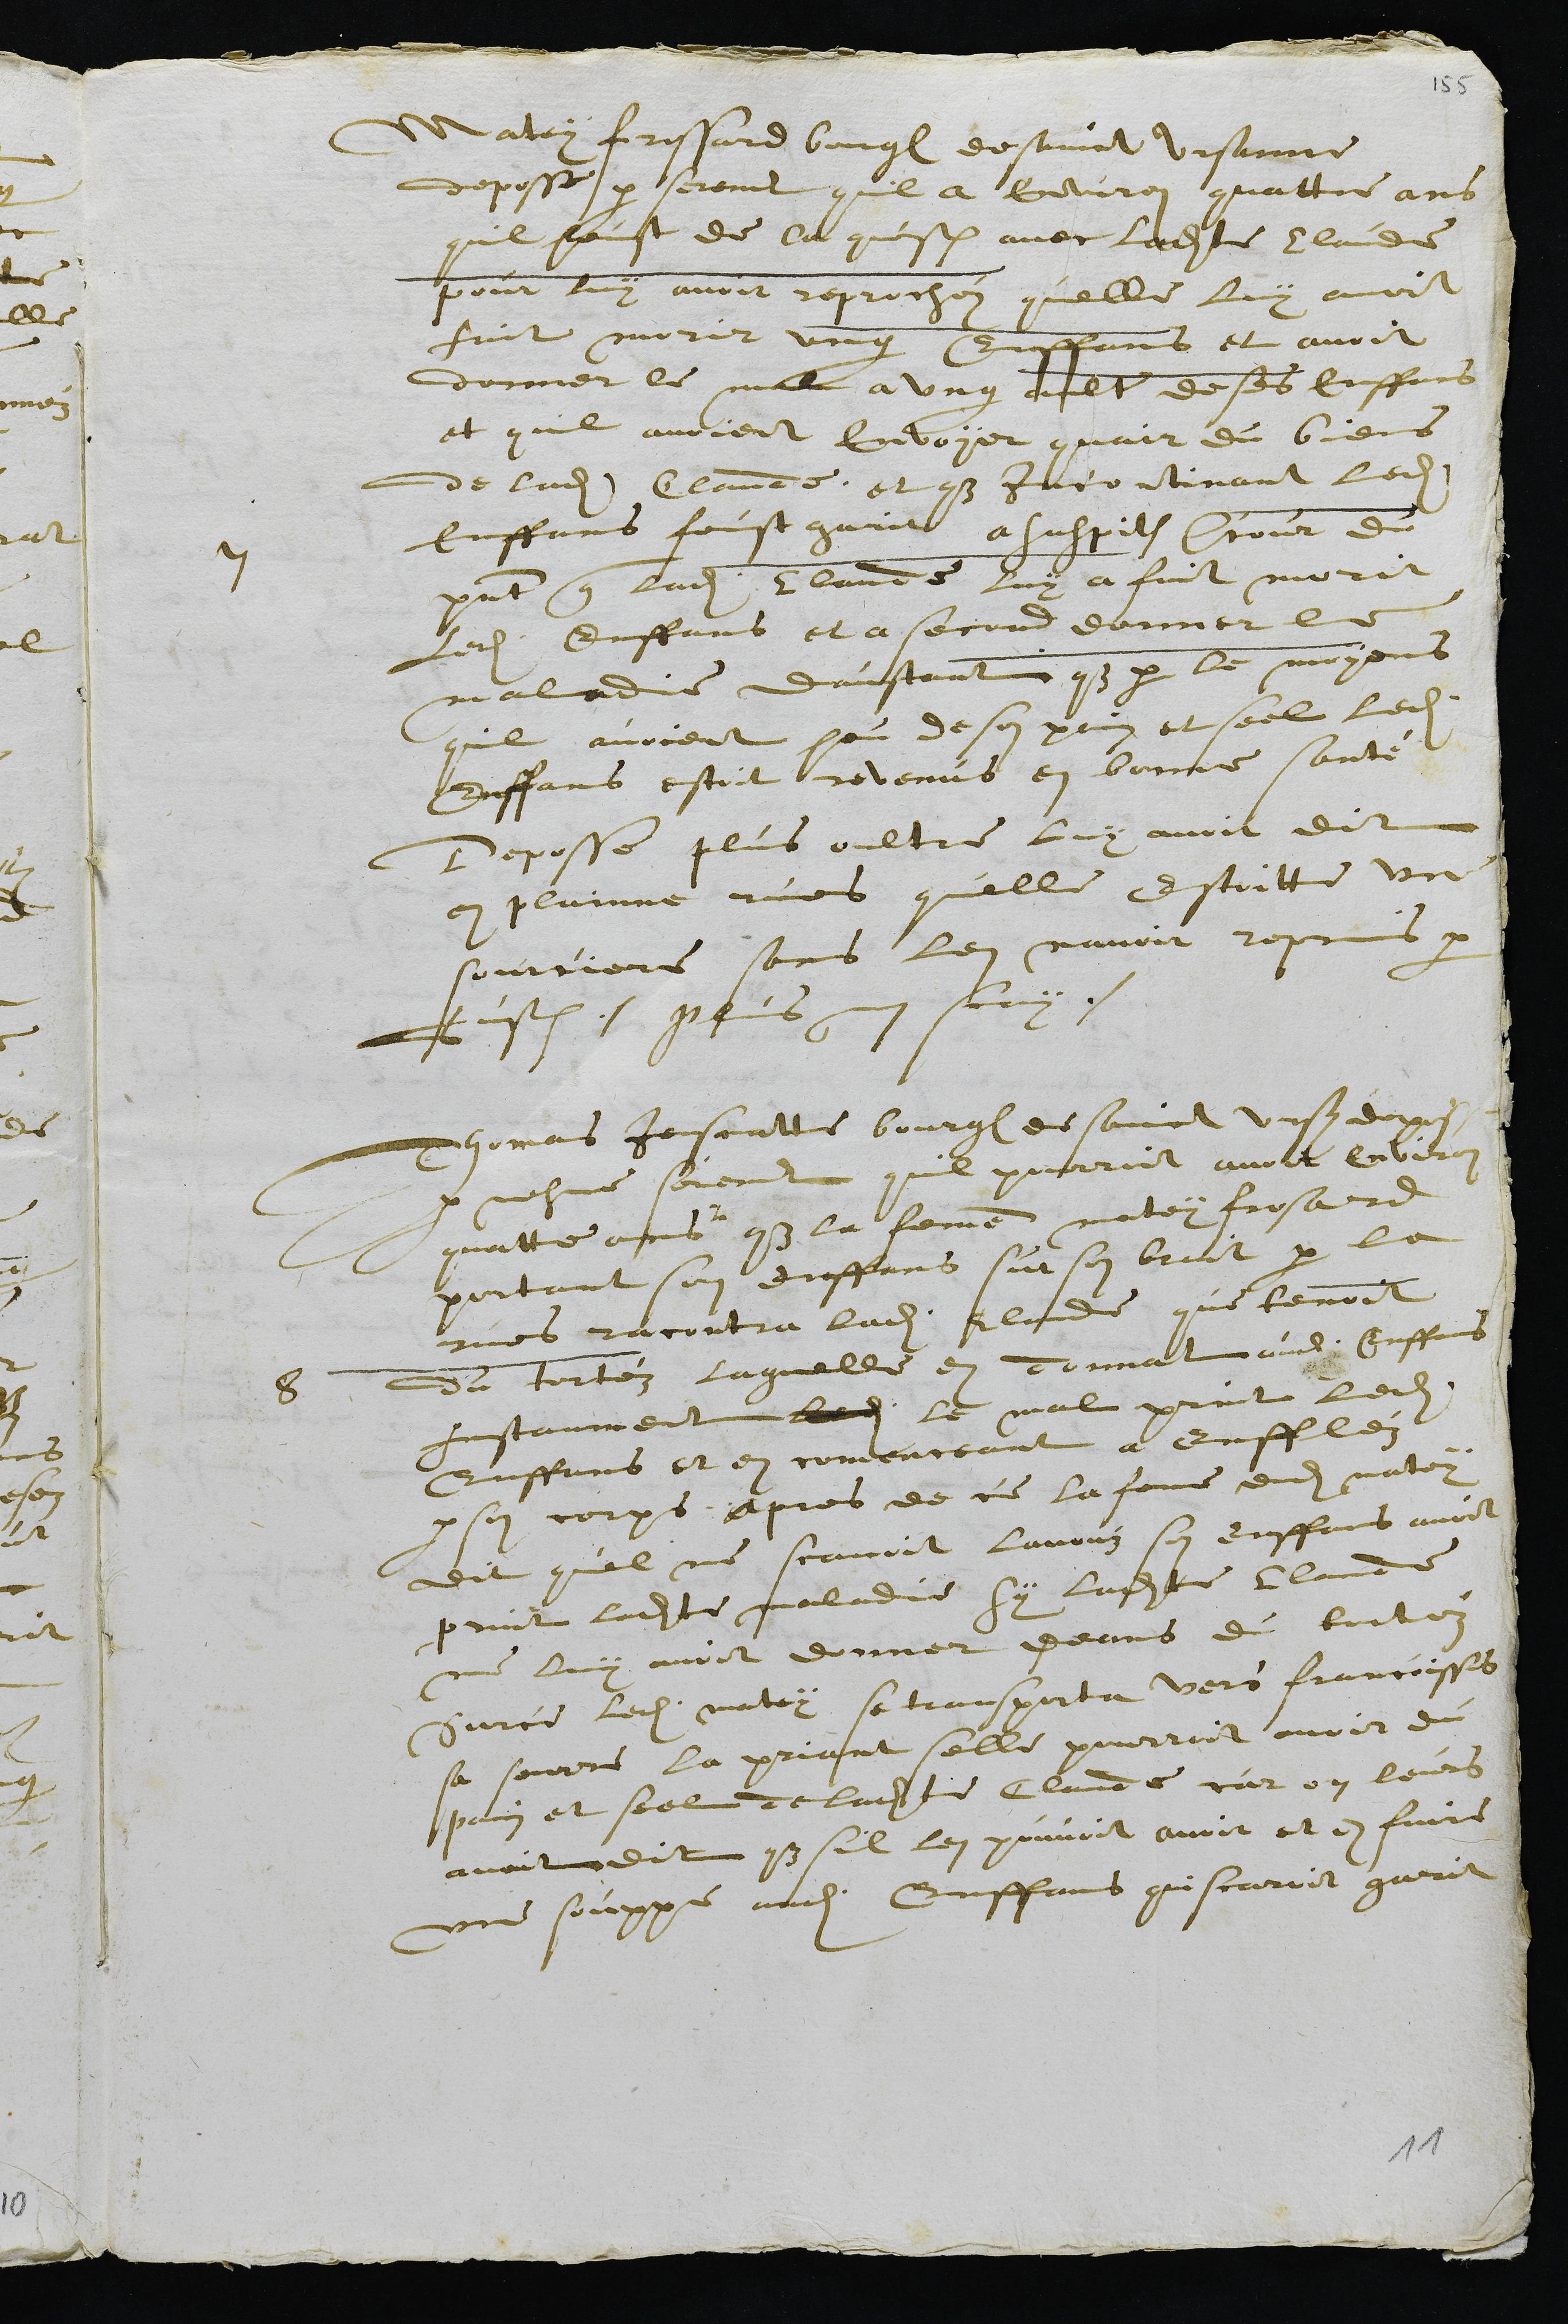
7
Matey fressard bourgeois de sainct Ursanne
deposse par serement quil a environ quattre ans
quil heust de la question avec ladite Claude
pour luy avorir reprochéz quelle luy avoit
fait morir ung Enffans et avoit
donner le mal a ung aultre de ses enffans
et quil avoient envoyer quair du biens
de ladite Claude et que incontinant ledit
enffans feust garit a suspition encour du
present que ladite Claude luy a fait morir
ledit enffant et a second donner le
maladie daustant que par le moyens
quil avoient heu de son pain et seel ledit
Enffans estoit revenus en bonne santé
Deposse plus oultre luy avoir dit
en plainne rues quelle estoitte une
sourciers sans len navoir reprins par
justice. plus nen scay.
8
Thomas Jeusnatte bourgeois de Sainct Ursanne depose
par mesme serement quil pourroit avoir environ
quatte ans que la femme matey frosard
portant son enffans sur son brat par la
rues racontra ladite Claude que tenoit
du tortéz laquelle en donnat audit enffans
Instanment ledit le mal print ledit
Enffans et en comenceant a enffléz
par son corps apres de ce la femme dudit matey
dit quel ne scavoit lavouz son enffans avoit
print ladite maladie sy ladite Claude
ne luy avoit donner deans du tortez
Sur ce ledit matey se transporta vers francoisses
sa seurre la priant selle pourroit avoit du
pain et seel de ladite Claude car on leurs
avoit dit que sil len pouvoit avoir et en faire
une souppé audit Enffans qui scaroit garit
11